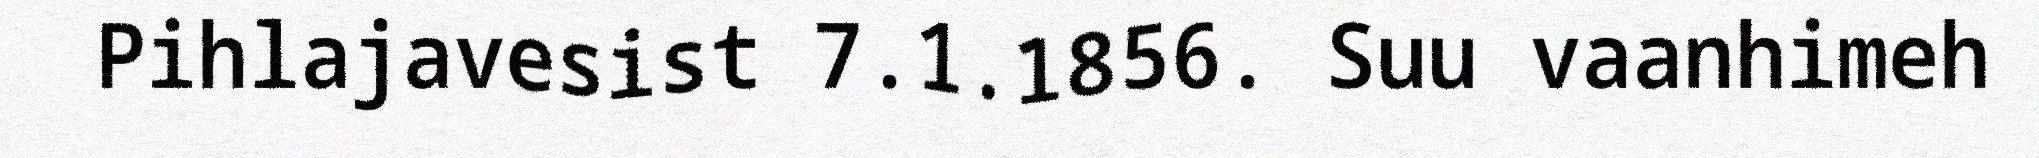
Pihlajavesist 7.1.1856. Suu vaanhimeh